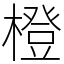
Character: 橙